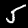
Digit: 5